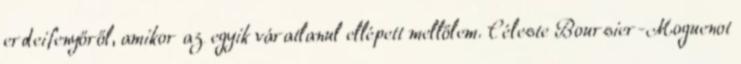
erdeifenyőről, amikor az egyik váratlanul ellépett mellőlem. Céleste Boursier-Moguenot